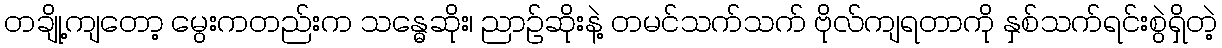
တချို့ကျတော့ မွေးကတည်းက သန္ဓေဆိုး၊ ညာဉ်ဆိုးနဲ့ တမင်သက်သက် ဗိုလ်ကျရတာကို နှစ်သက်ရင်းစွဲရှိတဲ့